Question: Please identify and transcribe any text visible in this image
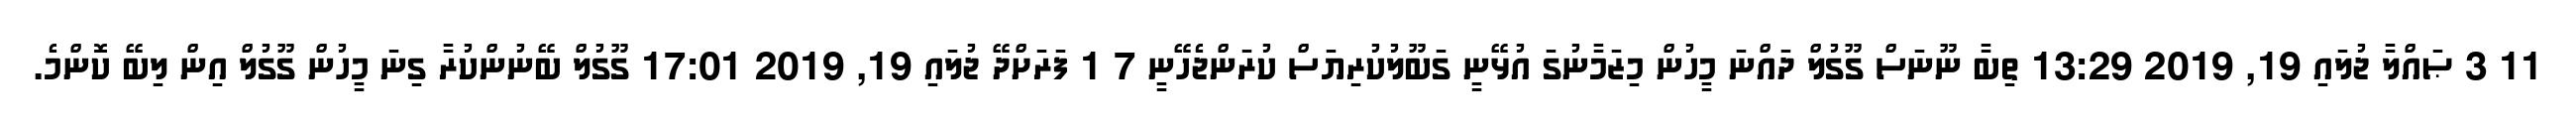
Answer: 11 3 ޞައްލާ ޖުލައި 19, 2019 13:29 ތިބާ ނޫނަސް ގޫގުލް ދައްނަ މީހުން މިޒަމާނުގަ އުޅޭނީ ގަބޫލުކުރިޔަސް ކުރަންޖެހޭނީ 7 1 ފަރަށްދޭ ޖުލައި 19, 2019 17:01 ގޫގުލް ބޭނުންކުރާ ގިނަ މީހުން ގޫގުލް އިން ލިބޭ ކޮންމެ.